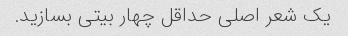
یک شعر اصلی حداقل چهار بیتی بسازید.